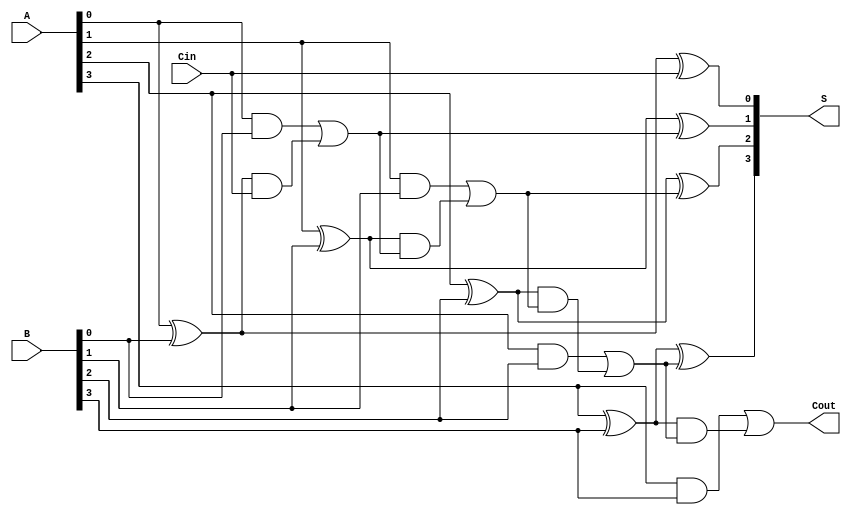
module LingAdder #(parameter n = 4) (
    input [n-1:0] A,      // First binary number
    input [n-1:0] B,      // Second binary number
    input Cin,            // Input carry
    output [n-1:0] S,     // Sum output
    output Cout           // Carry output
);

    wire [n:0] C;         // Carry signals
    wire [n-1:0] G;       // Generate signals
    wire [n-1:0] P;       // Propagate signals

    // Generate and Propagate signals
    genvar i;
    generate
        for (i = 0; i < n; i = i + 1) begin : gen_prop
            assign G[i] = A[i] & B[i];           // Generate
            assign P[i] = A[i] ^ B[i];           // Propagate
        end
    endgenerate

    // Carry lookahead logic
    assign C[0] = Cin;                             // Initial carry
    generate
        for (i = 1; i <= n; i = i + 1) begin : carry_logic
            assign C[i] = G[i-1] | (P[i-1] & C[i-1]); // Carry generation
        end
    endgenerate

    // Sum generation
    generate
        for (i = 0; i < n; i = i + 1) begin : sum_gen
            assign S[i] = A[i] ^ B[i] ^ C[i];     // Sum calculation
        end
    endgenerate

    // Final carry output
    assign Cout = C[n];                           // Final carry out

endmodule